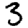
Digit: 3